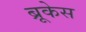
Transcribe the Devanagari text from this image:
ब्रूकेस